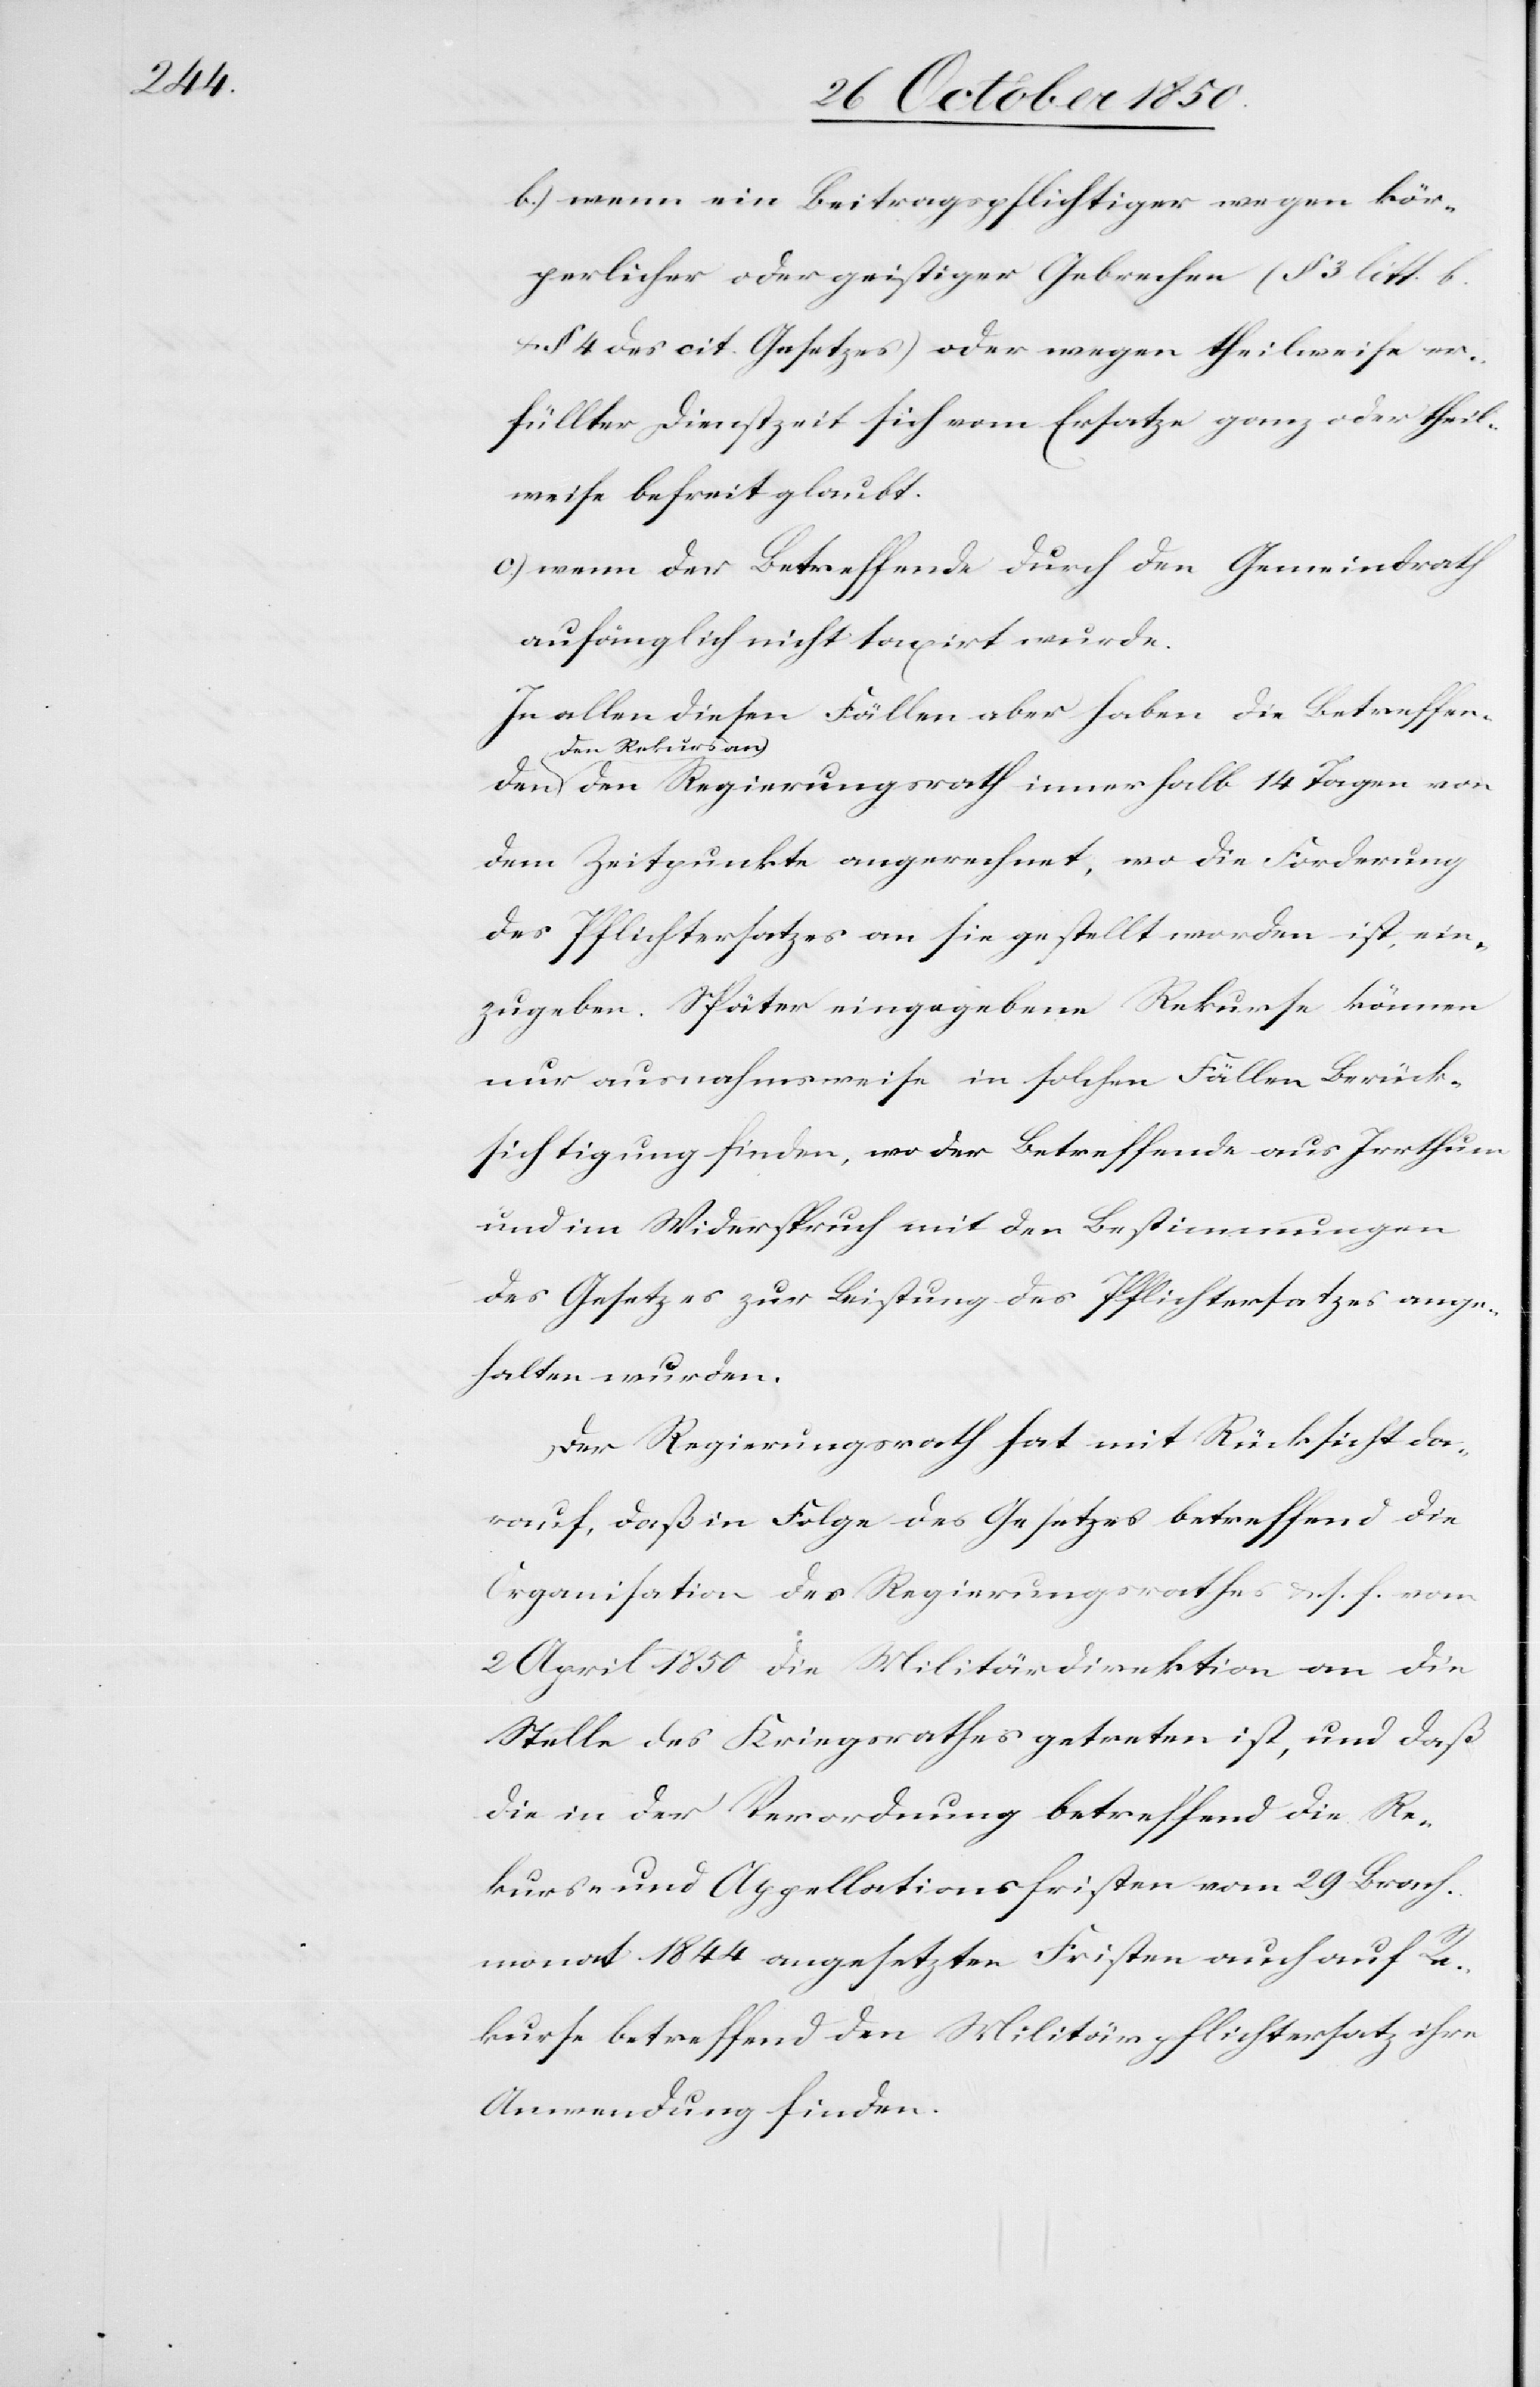
b.) wenn ein Beitragspflichtiger wegen kör¬
perlicher oder geistiger Gebrechen (§ 3 litt b.
§ 4 des cit. Gesetzes) oder wegen theilweise er¬
füllter Dienstzeit sich vom Ersatze ganz oder theil¬
weise befreit glaubt.
c.) wenn der Betreffende durch den Gemeindrath
anfänglich] nicht taxirt wurde.
den
In allen diesen Fällen aber haben die Betreffen¬
den Rekurs
an den Regierungsrath innerhalb 14 Tagen von
dem Zeitpunkte angerechnet, wo die Forderung
des Pflichtersatzes an sie gestellt worden ist, ein¬
zugeben. Später eingegebene Rekurse können
nur ausnahmsweise in solchen Fällen Berück¬
sichtigung finden, wo der Betreffende aus Irrthum
und im Widerspruch mit den Bestimmungen
des Gesetzes zur Leistung des Pflichtersatzes ange¬
halten wurden
Der Regierungsrath hat mit Rücksicht da¬
rauf, daß in Folge des Gesetzes betreffend die
Organisation des Regierungsrathes u. s. f. vom
2 April 1850 die Militärdirektion an die
Stelle des Kriegsrathes getreten ist, und daß
die in der Verordnung betreffend die Re¬
kurs- und Appellationsfristen vom 29 Brach¬
monat 1844 angesetzten Fristen auch auf Re¬
kurse betreffend den Militärpflichtersatz ihre
Anwendung finden.